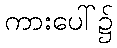
ကားပေါ်၌